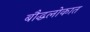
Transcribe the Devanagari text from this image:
बौद्धलोकात